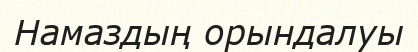
Намаздың орындалуы